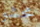
محشو